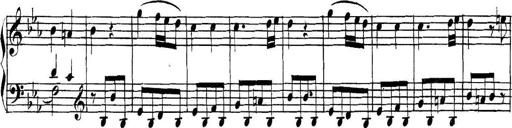
Title: Collected Piano Sonatas
Composer: Muzio Clementi